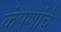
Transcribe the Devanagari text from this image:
कंपणांचे